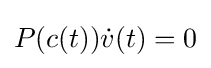
P(c(t)){\dot {v}}(t)=0